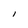
Character: I